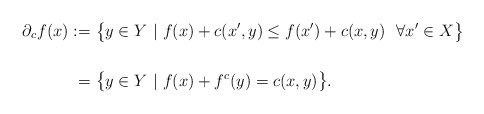
\begin{align*}\partial_c f(x):=\ &\big\{y\in Y\ |\ f(x)+c(x',y)\leq f(x')+c(x,y)\ \ \forall x'\in X\big\}\\\\=\ &\big\{y\in Y\ |\ f(x)+f^c(y)=c(x,y)\big\}.\end{align*}